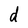
Character: d